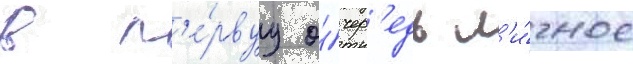
в п'е́рвуу о́чер'едь л'и́чное